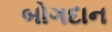
બોગદાન